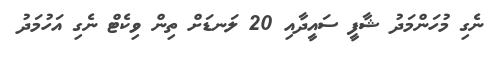
ނެގި މުހަންމަދު ޝާފީ ސައީދާއި 20 ލަނޑަށް ތިން ވިކެޓް ނެގި އަހުމަދު